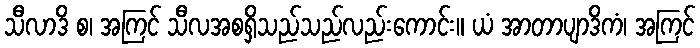
သီလာဒိ စ၊ အကြင် သီလအစရှိသည်သည်လည်းကောင်း။ ယံ အာတာပျာဒိကံ၊ အကြင်